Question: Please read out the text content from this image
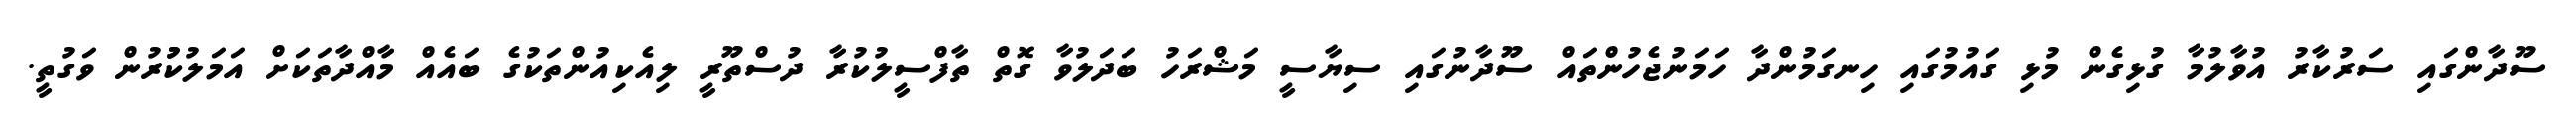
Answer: ސޫދާންގައި ސަރުކާރު އުވާލުމާ ގުޅިގެން މުޅި ގައުމުގައި ހިނގަމުންދާ ހަމަނުޖެހުންތައް ސޫދާނުގައި ސިޔާސީ މަޝްރަހު ބަދަލުވާ ގޮތް ތާފްސީލުކުރާ ދުސްތޫރީ ލިއެކިއުންތަކުގެ ބައެއް މާއްދާތަކަށް އަމަލުކުުރުން ވަގުތީ.